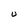
Character: U